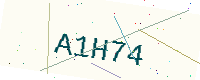
Text: A1H74